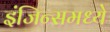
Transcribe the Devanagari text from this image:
इंजिन्समध्ये